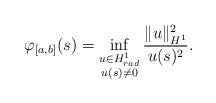
LaTeX: \begin{align*}\varphi_{[a,b]} (s) = \inf_{\substack{u\in H^1_{rad} \\ u(s)\ne 0}}\frac{\|u\|_{H^1}^2}{u(s)^2}.\end{align*}